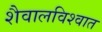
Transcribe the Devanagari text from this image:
शैवालविश्वात